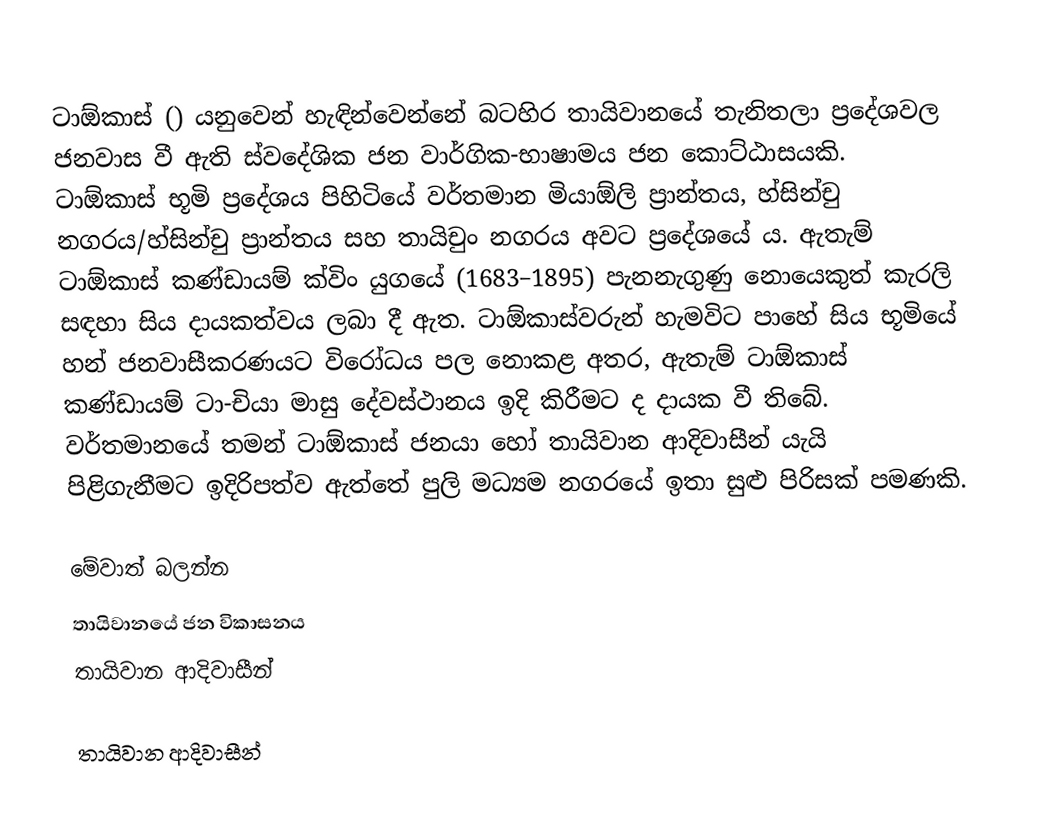
ටාඕකාස් () යනුවෙන් හැඳින්වෙන්නේ බටහිර තායිවානයේ තැනිතලා ප්‍රදේශවල ජනවාස වී ඇති ස්වදේශික ජන වාර්ගික-භාෂාමය ජන කොට්ඨාසයකි. ටාඕකාස් භූමි ප්‍රදේශය පිහිටියේ වර්තමාන මියාඕලි ප්‍රාන්තය, හ්සින්චු නගරය/හ්සින්චු ප්‍රාන්තය සහ තායිචුං නගරය අවට ප්‍රදේශයේ ය. ඇතැම් ටාඕකාස් කණ්ඩායම් ක්විං යුගයේ (1683–1895) පැනනැගුණු නොයෙකුත් කැරලි සඳහා සිය දායකත්වය ලබා දී ඇත. ටාඕකාස්වරුන් හැමවිට පාහේ සිය භූමියේ හන් ජනවාසීකරණයට විරෝධය පල නොකළ අතර, ඇතැම් ටාඕකාස් කණ්ඩායම් ටා-චියා මාසු දේවස්ථානය ඉදි කිරීමට ද දායක වී තිබේ. වර්තමානයේ තමන් ටාඕකාස් ජනයා හෝ තායිවාන ආදිවාසීන් යැයි පිළිගැනීමට ඉදිරිපත්ව ඇත්තේ පුලි මධ්‍යම නගරයේ ඉතා සුළු පිරිසක් පමණකි.

මේවාත් බලන්න
 තායිවානයේ ජන විකාසනය
 තායිවාන ආදිවාසීන්

තායිවාන ආදිවාසීන්